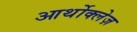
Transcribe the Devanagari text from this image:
आर्थोक्लेज़